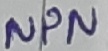
Text: NPN